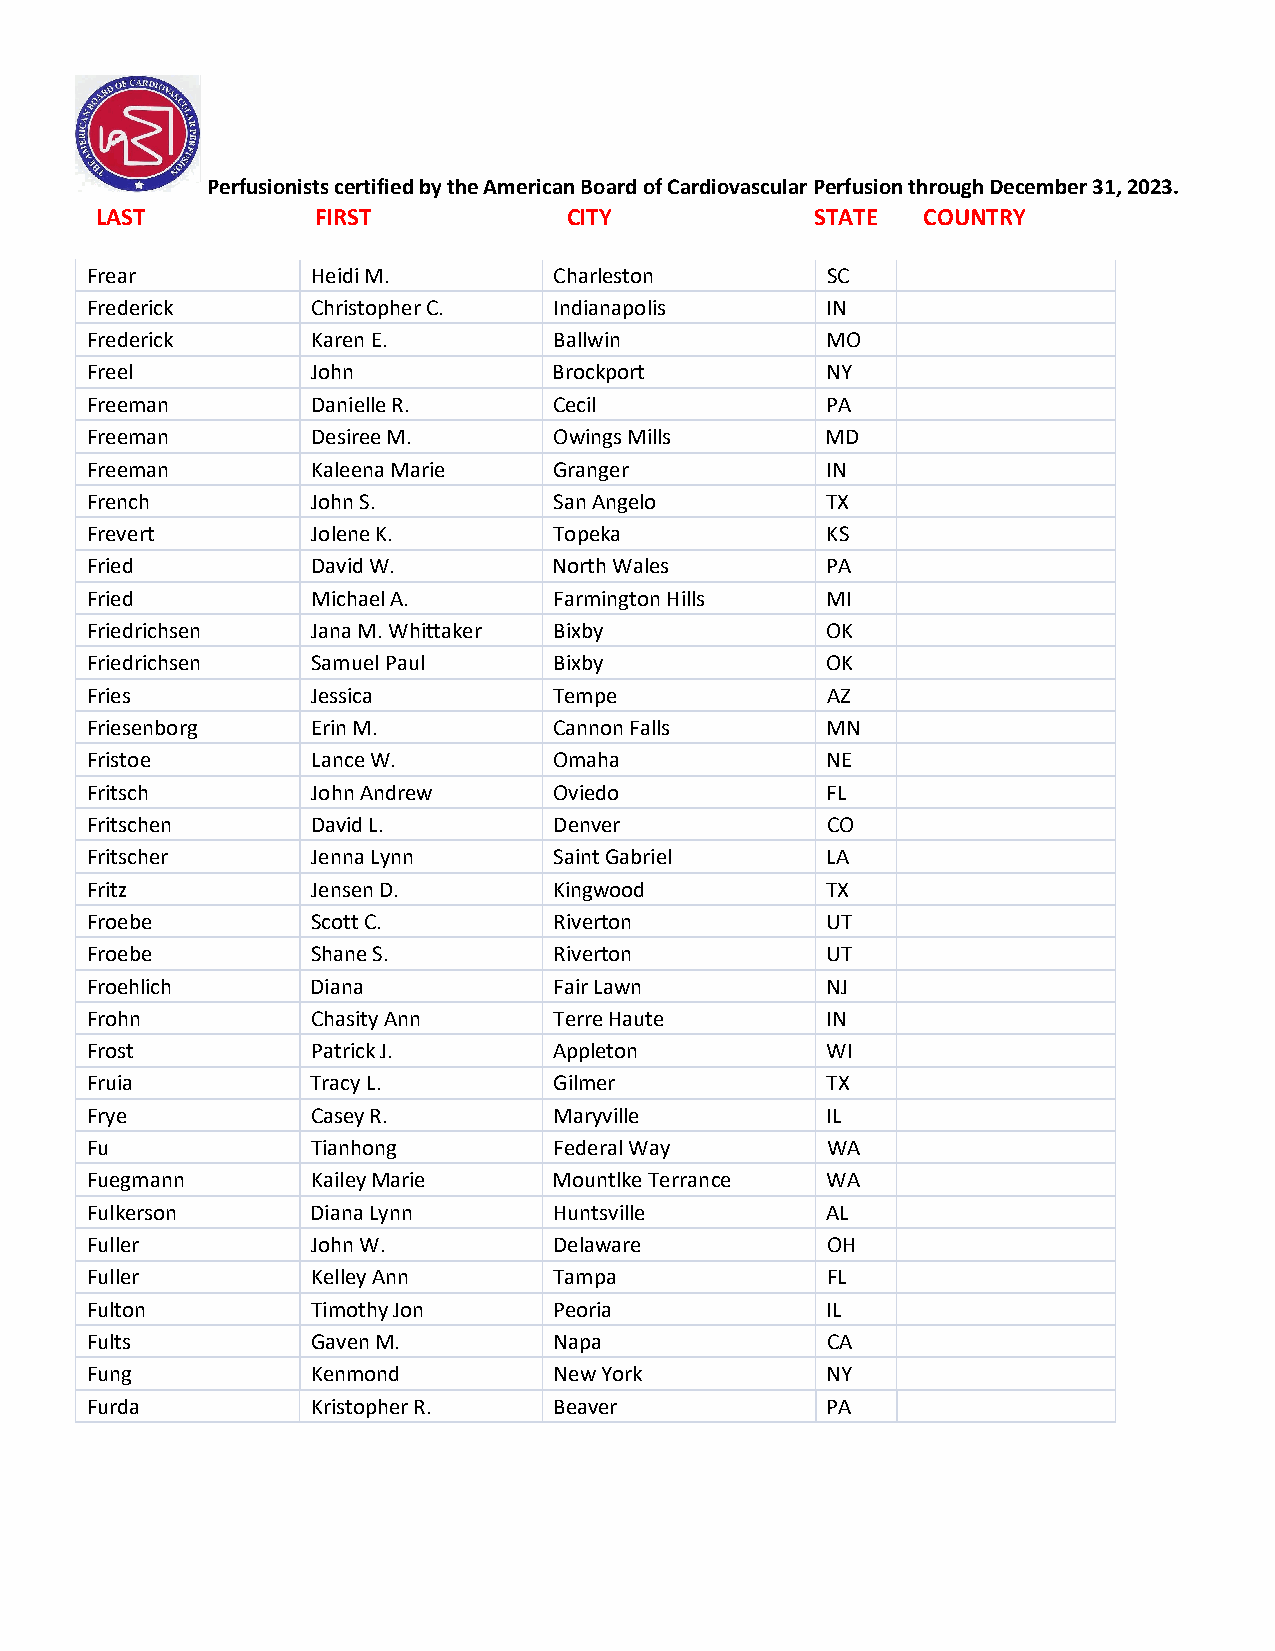
Perfusionists certified by the American Board of Cardiovascular Perfusion through December 31, 2023.
 LAST           FIRST            CITY            STATE  COUNTRY
 Frear          Heidi M.        Charleston        SC
 Frederick      Christopher C.  Indianapolis      IN
 Frederick      Karen E.        Ballwin           MO
 Freel          John            Brockport         NY
 Freeman        Danielle R.     Cecil             PA
 Freeman        Desiree M.      Owings Mills      MD
 Freeman        Kaleena Marie   Granger           IN
 French         John S.         San Angelo        TX
 Frevert        Jolene K.       Topeka            KS
 Fried          David W.        North Wales       PA
 Fried          Michael A.      Farmington Hills  MI
 Friedrichsen   Jana M. Whittaker Bixby           OK
 Friedrichsen   Samuel Paul     Bixby             OK
 Fries          Jessica         Tempe             AZ
 Friesenborg    Erin M.         Cannon Falls      MN
 Fristoe        Lance W.        Omaha             NE
 Fritsch        John Andrew     Oviedo            FL
 Fritschen      David L.        Denver            CO
 Fritscher      Jenna Lynn      Saint Gabriel     LA
 Fritz          Jensen D.       Kingwood          TX
 Froebe         Scott C.        Riverton          UT
 Froebe         Shane S.        Riverton          UT
 Froehlich      Diana           Fair Lawn         NJ
 Frohn          Chasity Ann     Terre Haute       IN
 Frost          Patrick J.      Appleton          WI
 Fruia          Tracy L.        Gilmer            TX
 Frye           Casey R.        Maryville         IL
 Fu             Tianhong        Federal Way       WA
 Fuegmann       Kailey Marie    Mountlke Terrance WA
 Fulkerson      Diana Lynn      Huntsville        AL
 Fuller         John W.         Delaware          OH
 Fuller         Kelley Ann      Tampa             FL
 Fulton         Timothy Jon     Peoria            IL
 Fults          Gaven M.        Napa              CA
 Fung           Kenmond         New York          NY
 Furda          Kristopher R.   Beaver            PA